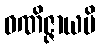
ဝဏိဇ္ဇာယပိ